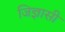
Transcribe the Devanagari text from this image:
जिज्ञासी